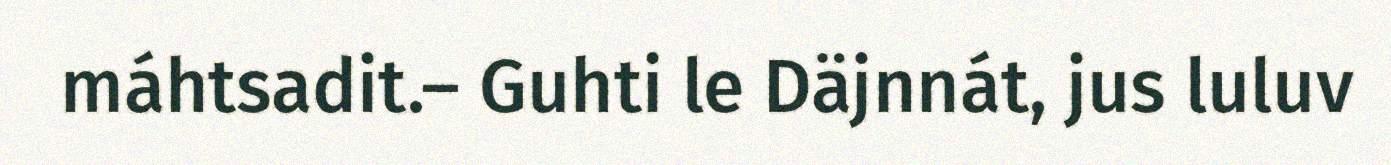
máhtsadit.– Guhti le Däjnnát, jus luluv